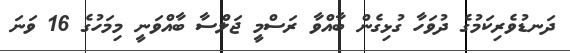
ދަނޑުވެރިކަމުގެ ދުވަހާ ގުޅިގެން ބާއްވާ ރަސްމީ ޖަލްސާ ބާއްވަނީ މިމަހުގެ 16 ވަނަ